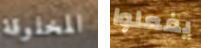
المخلوقة يفعلوا